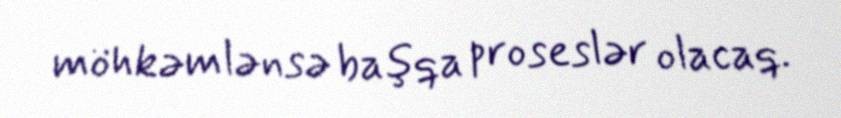
möhkəmlənsə başqa proseslər olacaq.